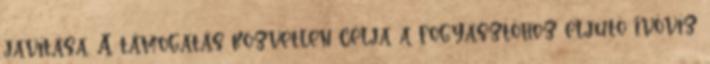
javítása. A támogatás közvetlen célja a fogyasztóhoz eljutó ivóvíz